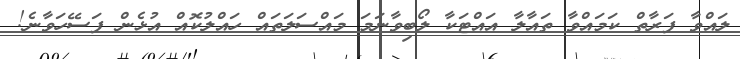
ލައްވާ ފަރާތް ކަމައްވާ ތަައާލާ އައްޓަކާ ލޯބިވާނަމަ މައްސަލަތައް ހައްލުކޮއް އުޅެން ފަސޭހަވާނެ!